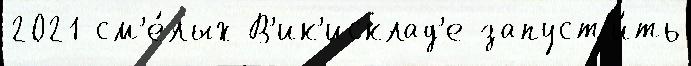
2021 см'е́лых В'ик'исклад'е запуст'и́ть